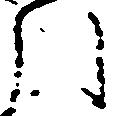
引